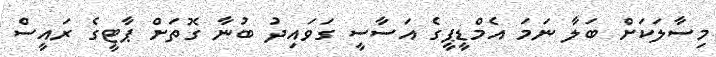
މިސާލަކަށް ބަލާ ނަމަ އެމްޑީޕީގެ އަސާސީ ގަވައިދު ބުނާ ގޮތަށް ޕާޓީގެ ރައީސް